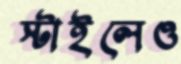
স্টাইলেও